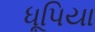
ધૂપિયા